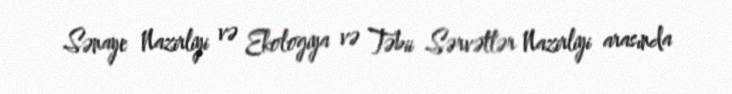
Sənaye Nazirliyi və Ekologiya və Təbii Sərvətlər Nazirliyi arasında